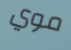
موي